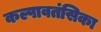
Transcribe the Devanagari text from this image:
कल्पावतंसिका